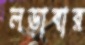
লড়াবার